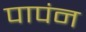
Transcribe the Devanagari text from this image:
पापंन